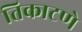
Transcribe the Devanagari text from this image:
तिकाटणे